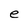
Character: e